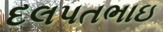
દલપતભાઇ